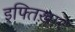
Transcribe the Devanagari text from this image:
इफ्तिख़ार